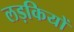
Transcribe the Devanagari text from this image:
लड़कियों